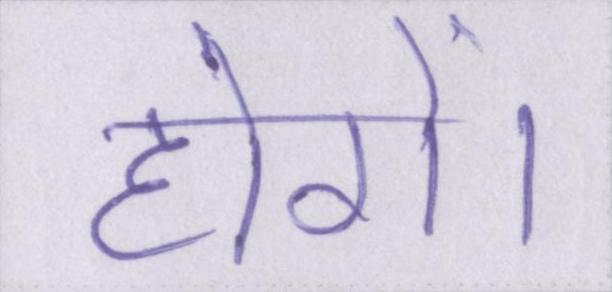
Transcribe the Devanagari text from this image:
होगें।